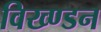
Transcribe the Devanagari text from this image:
विख्ण्डन